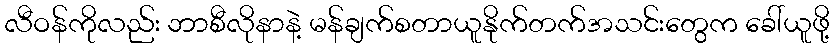
လီဝန်ကိုလည်း ဘာစီလိုနာနဲ့ မန်ချက်စတာယူနိုက်တက်အသင်းတွေက ခေါ်ယူဖို့